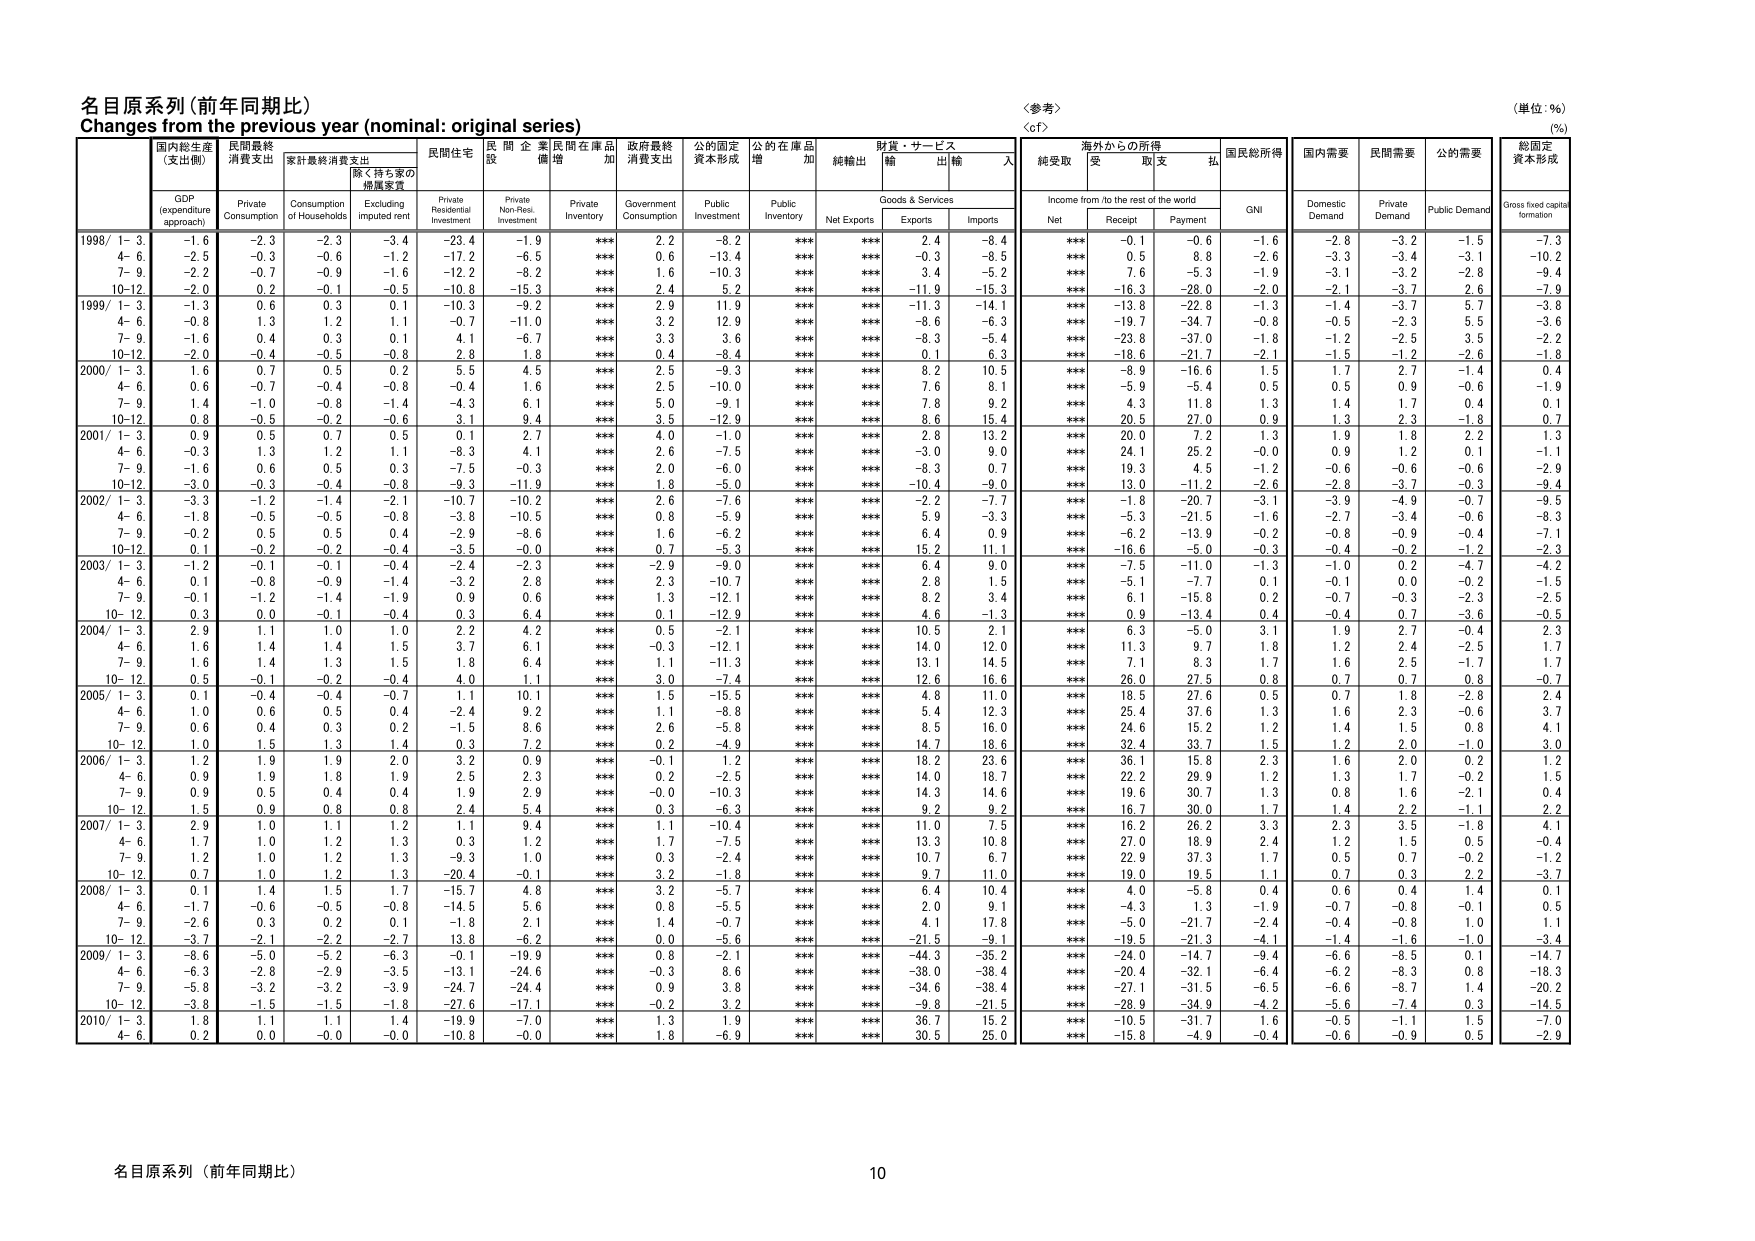
名目原系列（前年同期比）
Changes from the previous year (nominal: original series)
〈参考〉
〈cf〉
（単位：%）
(%)

国内総生産
(支出側)
GDP
(expenditure approach)
民間最終
消費支出
Private
Consumption
家計最終消費支出
Consumption
of Households
除く持ち家の
帰属家賃
Excluding
imputed rent
民間住宅
Private
Residential
Investment
民間企業
設備
Private
Non-Resi.
Investment
民間在庫品
増加
Private
Inventory
政府最終
消費支出
Government
Consumption
公的固定
資本形成
Public
Investment
公的在庫品
増加
Public
Inventory
純輸出
Net Exports
財貨・サービス
輸出
Exports
輸入
Imports
海外からの所得
Income from /to the rest of the world
純受取
Net
受取
Receipt
支払
Payment
国民総所得
GNI
国内需要
Domestic
Demand
民間需要
Private
Demand
公的需要
Public Demand
総固定
資本形成
Gross fixed capital
formation

1998/ 1- 3.
-1.6
-2.3
-2.3
-3.4
-23.4
-1.9
***
2.2
-8.2
***
***
2.4
-8.4
***
-0.1
-0.6
-1.6
-2.8
-3.2
-1.5
-7.3
4- 6.
-2.5
-0.3
-0.6
-1.2
-17.2
-6.5
***
0.6
-13.4
***
***
-0.3
-8.5
***
0.5
8.8
-2.6
-3.3
-3.4
-3.1
-10.2
7- 9.
-2.2
-0.7
-0.9
-1.6
-12.2
-8.2
***
1.6
-10.3
***
***
3.4
-5.2
***
7.6
-5.3
-1.9
-3.1
-3.2
-2.8
-9.4
10-12.
-2.0
0.2
-0.1
-0.5
-10.8
-15.3
***
2.4
5.2
***
***
-11.9
-15.3
***
-16.3
-28.0
-2.0
-2.1
-3.7
2.6
-7.9

1999/ 1- 3.
-1.3
0.6
0.3
0.1
-10.3
-9.2
***
2.9
11.9
***
***
-11.3
-14.1
***
-13.8
-22.8
-1.3
-1.4
-3.7
5.7
-3.8
4- 6.
-0.8
1.3
1.2
1.1
-0.7
-11.0
***
3.2
12.9
***
***
-8.6
-6.3
***
-19.7
-34.7
-0.8
-0.5
-2.3
5.5
-3.6
7- 9.
-1.6
0.4
0.3
0.1
4.1
-6.7
***
3.3
3.6
***
***
-8.3
-5.4
***
-23.8
-37.0
-1.8
-1.2
-2.5
3.5
-2.2
10-12.
-2.0
-0.4
-0.5
-0.8
2.8
1.8
***
0.4
-8.4
***
***
0.1
6.3
***
-18.6
-21.7
-2.1
-1.5
-1.2
-2.6
-1.8

2000/ 1- 3.
1.6
0.7
0.5
0.2
5.5
4.5
***
2.5
-9.3
***
***
8.2
10.5
***
-8.9
-16.6
1.5
1.7
2.7
-1.4
0.4
4- 6.
0.6
-0.7
-0.4
-0.8
-0.4
1.6
***
2.5
-10.0
***
***
7.6
8.1
***
-5.9
-5.4
0.5
0.5
0.9
-0.6
-1.9
7- 9.
1.4
-1.0
-0.8
-1.4
-4.3
6.1
***
5.0
-9.1
***
***
7.8
9.2
***
4.3
11.8
1.3
1.4
1.7
0.4
0.1
10-12.
0.8
-0.5
-0.2
-0.6
3.1
9.4
***
3.5
-12.9
***
***
8.6
15.4
***
20.5
27.0
0.9
1.3
2.3
-1.8
0.7

2001/ 1- 3.
0.9
0.5
0.7
0.5
0.1
2.7
***
4.0
-1.0
***
***
2.8
13.2
***
20.0
7.2
1.3
1.9
1.8
2.2
1.3
4- 6.
-0.3
1.3
1.2
1.1
-8.3
4.1
***
2.6
-7.5
***
***
-3.0
9.0
***
24.1
25.2
-0.0
0.9
1.2
0.1
-1.1
7- 9.
-1.6
0.6
0.5
0.3
-7.5
-0.3
***
2.0
-6.0
***
***
-8.3
0.7
***
19.3
4.5
-1.2
-0.6
-0.6
-0.6
-2.9
10-12.
-3.0
-0.3
-0.4
-0.8
-9.3
-11.9
***
1.8
-5.0
***
***
-10.4
-9.0
***
13.0
-11.2
-2.6
-2.8
-3.7
-0.3
-9.4

2002/ 1- 3.
-3.3
-1.2
-1.4
-2.1
-10.7
-10.2
***
2.6
-7.6
***
***
-2.2
-7.7
***
-1.8
-20.7
-3.1
-3.9
-4.9
-0.7
-9.5
4- 6.
-1.8
-0.5
-0.5
-0.8
-3.8
-10.5
***
0.8
-5.9
***
***
5.9
-3.3
***
-5.3
-21.5
-1.6
-2.7
-3.4
-0.6
-8.3
7- 9.
-0.2
0.5
0.5
0.4
-2.9
-8.6
***
1.6
-6.2
***
***
6.4
0.9
***
-6.2
-13.9
-0.2
-0.8
-0.9
-0.4
-7.1
10-12.
0.1
-0.2
-0.2
-0.4
-3.5
-0.0
***
0.7
-5.3
***
***
15.2
11.1
***
-16.6
-5.0
-0.3
-0.4
-0.2
-1.2
-2.3

2003/ 1- 3.
-1.2
-0.1
-0.1
-0.4
-2.4
-2.3
***
-2.9
-9.0
***
***
6.4
9.0
***
-7.5
-11.0
-1.3
-1.0
0.2
-4.7
-4.2
4- 6.
0.1
-0.8
-0.9
-1.4
-3.2
2.8
***
2.3
-10.7
***
***
2.8
1.5
***
-5.1
-7.7
0.1
-0.1
0.0
-0.2
-1.5
7- 9.
-0.1
-1.2
-1.4
-1.9
0.9
0.6
***
1.3
-12.1
***
***
8.2
3.4
***
6.1
-15.8
0.2
-0.7
-0.3
-2.3
-2.5
10-12.
0.3
0.0
-0.1
-0.4
0.3
6.4
***
0.1
-12.9
***
***
4.6
-1.3
***
0.9
-13.4
0.4
-0.4
0.7
-3.6
-0.5

2004/ 1- 3.
2.9
1.1
1.0
1.0
2.2
4.2
***
0.5
-2.1
***
***
10.5
2.1
***
6.3
-5.0
3.1
1.9
2.7
-0.4
2.3
4- 6.
1.6
1.4
1.4
1.5
3.7
6.1
***
-0.3
-12.1
***
***
14.0
12.0
***
11.3
9.7
1.8
1.2
2.4
-2.5
1.7
7- 9.
1.6
1.4
1.3
1.5
1.8
6.4
***
1.1
-11.3
***
***
13.1
14.5
***
7.1
8.3
1.7
1.6
2.5
-1.7
1.7
10-12.
0.5
-0.1
-0.2
-0.4
4.0
1.1
***
3.0
-7.4
***
***
12.6
16.6
***
26.0
27.5
0.8
0.7
0.7
0.8
-0.7

2005/ 1- 3.
0.1
-0.4
-0.4
-0.7
1.1
10.1
***
1.5
-15.5
***
***
4.8
11.0
***
18.5
27.6
0.5
0.7
1.8
-2.8
2.4
4- 6.
1.0
0.6
0.5
0.4
-2.4
9.2
***
1.1
-8.8
***
***
5.4
12.3
***
25.4
37.6
1.3
1.6
2.3
-0.6
3.7
7- 9.
0.6
0.4
0.3
0.2
-1.5
8.6
***
2.6
-5.8
***
***
8.5
16.0
***
24.6
15.2
1.2
1.4
1.5
0.8
4.1
10-12.
1.0
1.5
1.3
1.4
0.3
7.2
***
0.2
-4.9
***
***
14.7
18.6
***
32.4
33.7
1.5
1.2
2.0
-1.0
3.0

2006/ 1- 3.
1.2
1.9
1.9
2.0
3.2
0.9
***
-0.1
1.2
***
***
18.2
23.6
***
36.1
15.8
2.3
1.6
2.0
0.2
1.2
4- 6.
0.9
1.9
1.8
1.9
2.5
2.3
***
0.2
-2.5
***
***
14.0
18.7
***
22.2
29.9
1.2
1.3
1.7
-0.2
1.5
7- 9.
0.9
0.5
0.4
0.4
1.9
2.9
***
-0.0
-10.3
***
***
14.3
14.6
***
19.6
30.7
1.3
0.8
1.6
-2.1
0.4
10-12.
1.5
0.9
0.8
0.8
2.4
5.4
***
0.3
-6.3
***
***
9.2
9.2
***
16.7
30.0
1.7
1.4
2.2
-1.1
2.2

2007/ 1- 3.
2.9
1.0
1.1
1.2
1.1
9.4
***
1.1
-10.4
***
***
11.0
7.5
***
16.2
26.2
3.3
2.3
3.5
-1.8
4.1
4- 6.
1.7
1.0
1.2
1.3
0.3
1.2
***
1.7
-7.5
***
***
13.3
10.8
***
27.0
18.9
2.4
1.2
1.5
0.5
-0.4
7- 9.
1.2
1.0
1.2
1.3
-9.3
1.0
***
0.3
-2.4
***
***
10.7
6.7
***
22.9
37.3
1.7
0.5
0.7
-0.2
-1.2
10-12.
0.7
1.0
1.2
1.3
-20.4
-0.1
***
3.2
-1.8
***
***
9.7
11.0
***
19.0
19.5
1.1
0.7
0.3
2.2
-3.7

2008/ 1- 3.
0.1
1.4
1.5
1.7
-15.7
4.8
***
3.2
-5.7
***
***
6.4
10.4
***
4.0
-5.8
0.4
0.6
0.4
1.4
0.1
4- 6.
-1.7
-0.6
-0.5
-0.8
-14.5
5.6
***
0.8
-5.5
***
***
2.0
9.1
***
-4.3
1.3
-1.9
-0.7
-0.8
-0.1
0.5
7- 9.
-2.6
0.3
0.2
0.1
-1.8
2.1
***
1.4
-0.7
***
***
4.1
17.8
***
-5.0
-21.7
-2.4
-0.4
-0.8
1.0
1.1
10-12.
-3.7
-2.1
-2.2
-2.7
13.8
-6.2
***
0.0
-5.6
***
***
-21.5
-9.1
***
-19.5
-21.3
-4.1
-1.4
-1.6
-1.0
-3.4

2009/ 1- 3.
-6.8
-5.0
-5.2
-6.3
-0.1
-19.9
***
0.8
-2.1
***
***
-44.3
-35.2
***
-24.0
-14.7
-9.4
-6.6
-8.5
0.1
-14.7
4- 6.
-6.3
-2.8
-2.9
-3.5
-13.1
-24.6
***
-0.3
8.6
***
***
-38.0
-38.4
***
-20.4
-32.1
-6.4
-6.2
-8.3
0.8
-18.3
7- 9.
-5.8
-3.2
-3.2
-3.9
-24.7
-24.4
***
0.9
3.8
***
***
-34.6
-38.4
***
-27.1
-31.5
-6.5
-6.6
-8.7
1.4
-20.2
10-12.
-3.8
-1.5
-1.5
-1.8
-27.6
-17.1
***
-0.2
3.2
***
***
-9.8
-21.5
***
-28.9
-34.9
-4.2
-5.6
-7.4
0.3
-14.5

2010/ 1- 3.
1.8
1.1
1.1
1.4
-19.9
-7.0
***
1.3
1.9
***
***
36.7
15.2
***
-10.5
-31.7
1.6
-0.5
-1.1
1.5
-7.0
4- 6.
0.2
0.0
-0.0
-0.0
-10.8
-0.0
***
1.6
-6.9
***
***
30.5
25.0
***
-15.8
-4.9
-0.4
-0.6
-0.9
0.5
-2.9

名目原系列（前年同期比）
10